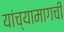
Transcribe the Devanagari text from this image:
यांच्यामागची